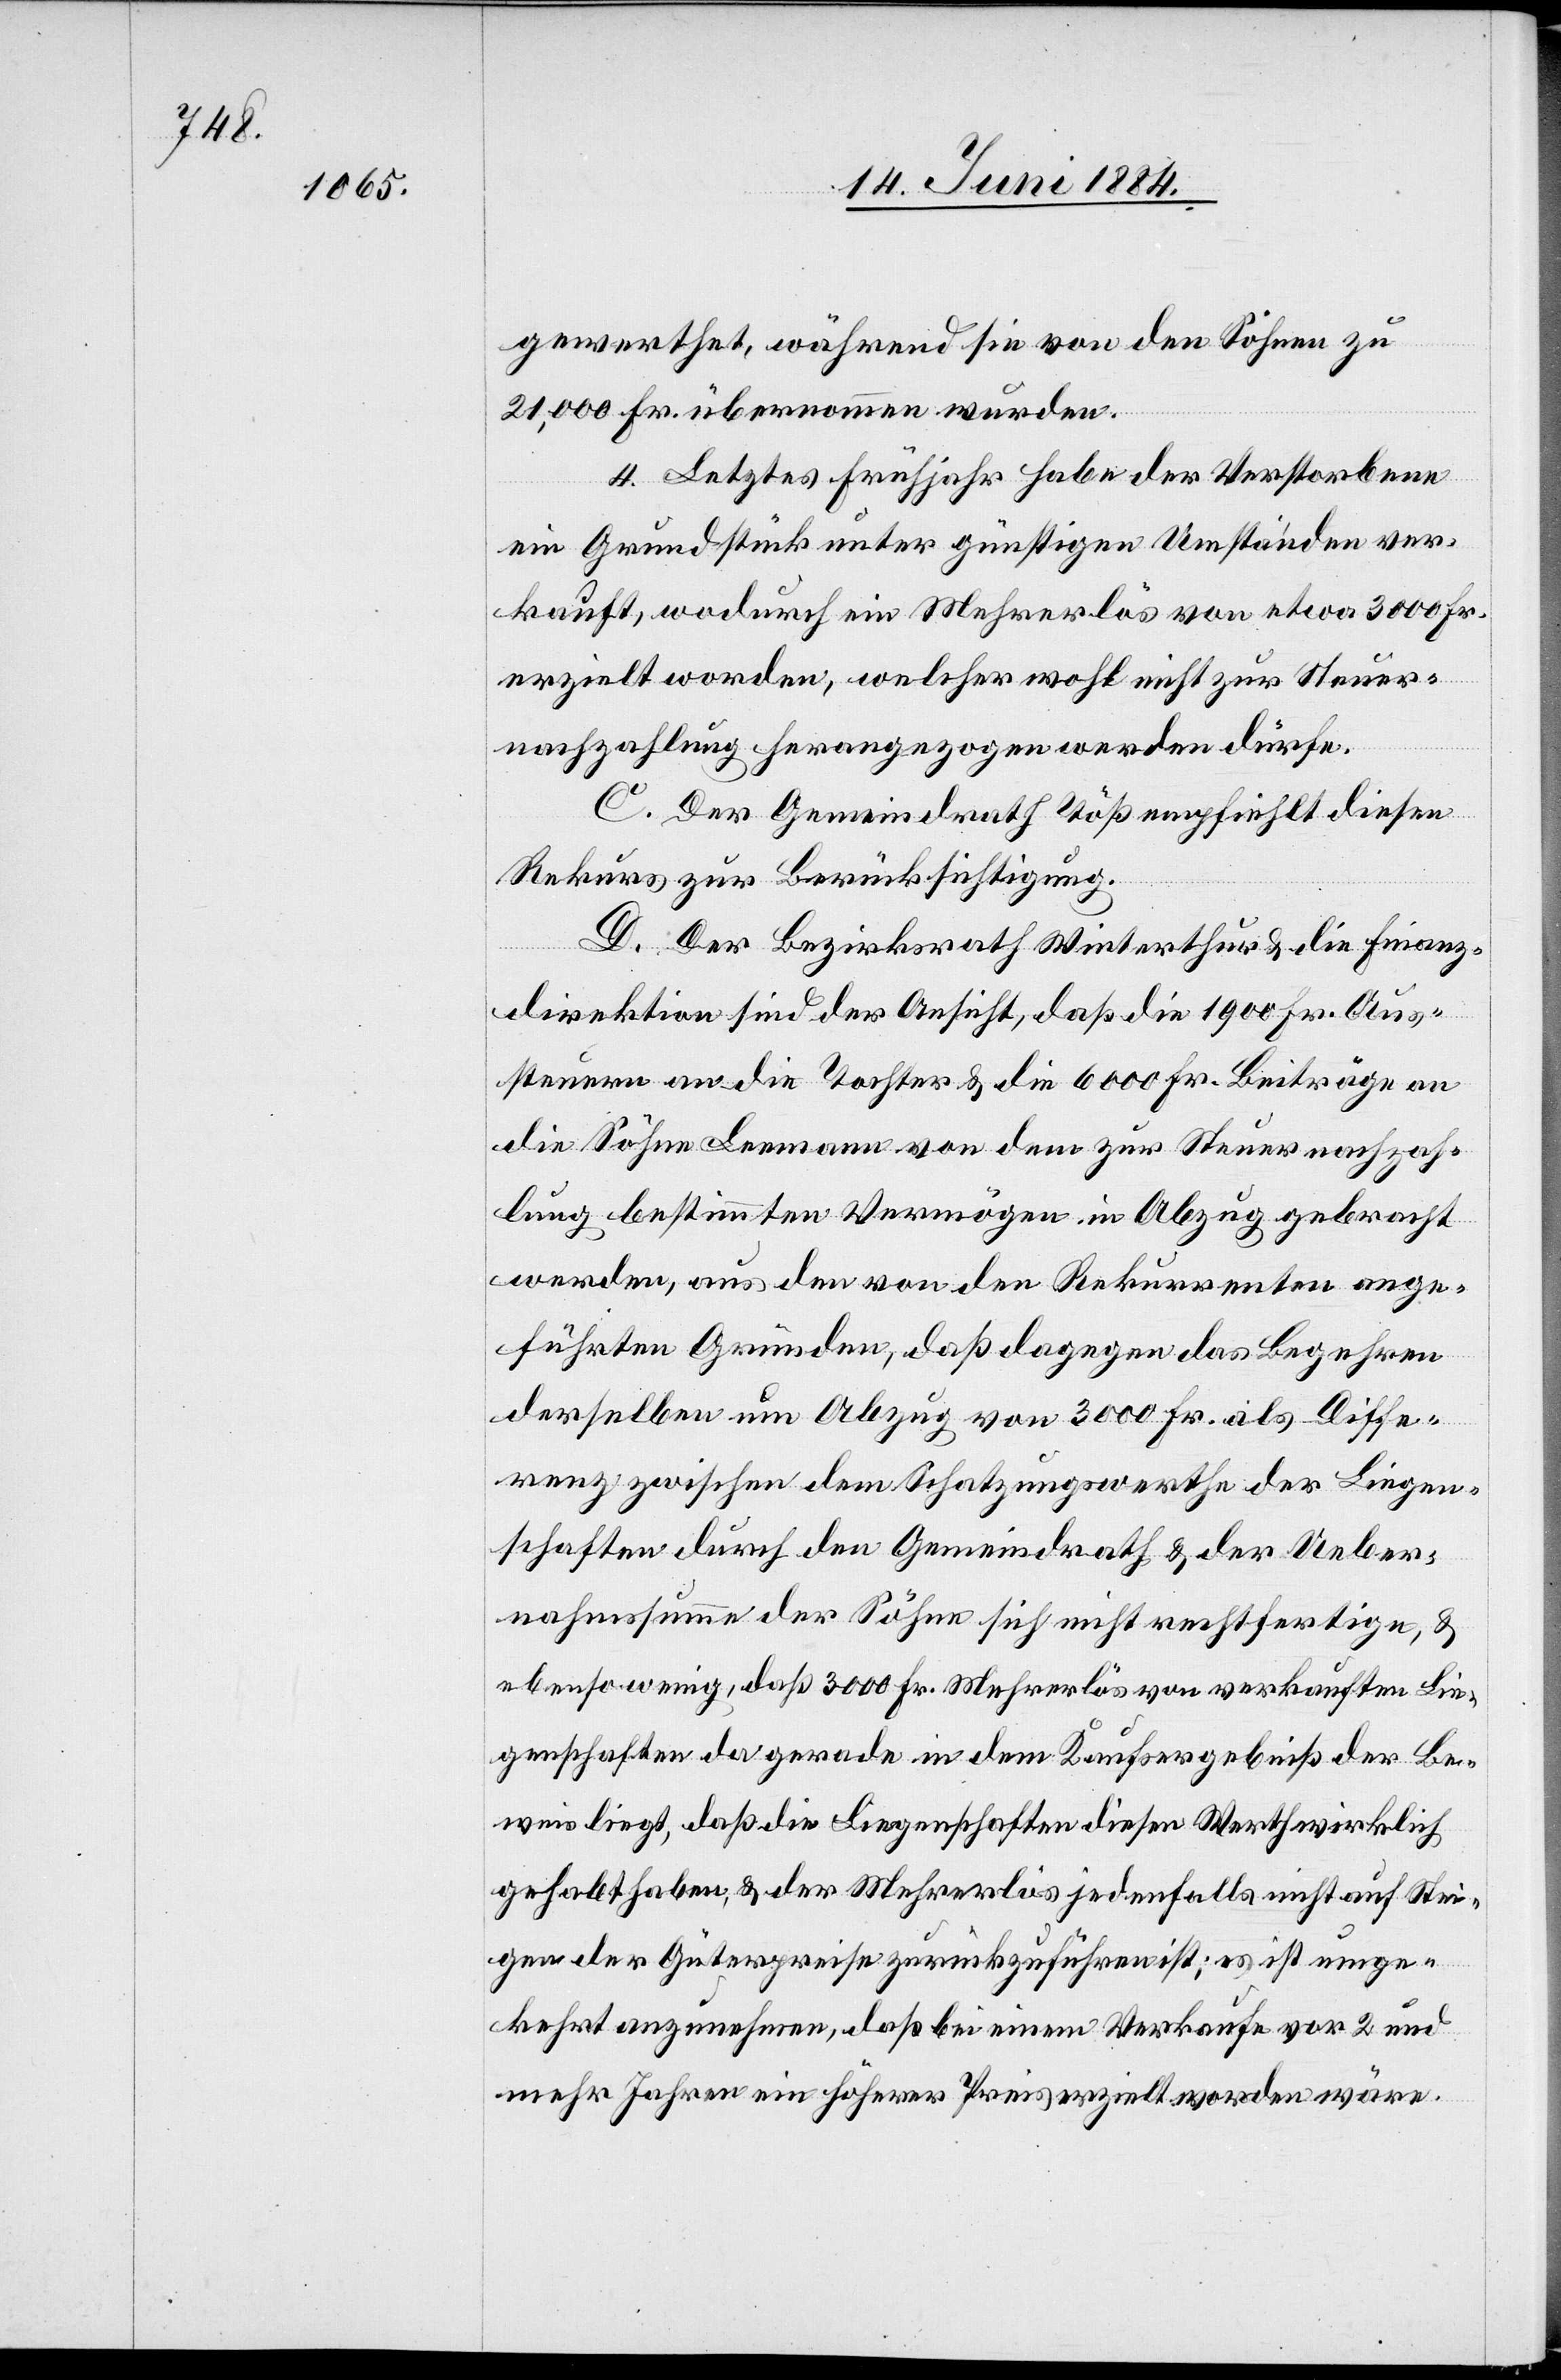
gewerthet, während sie von den Söhnen zu
21,000 Fr. übernommen wurden.
4. Letztes Frühjahr habe der Verstorbene
ein Grundstück unter günstigen Umständen ver¬
kauft, wodurch ein Mehrerlös von etwa 3000 Fr.
erzielt worden, welcher wohl nicht zu Steuer¬
nachzahlung herangezogen werden dürfe.
C. Der Gemeindrath Töß empfiehlt diesen
Rekurs zur Berücksichtigung.
D. Der Bezirksrath Winterthur & die Finanz¬
direktion sind der Ansicht, daß die 1900 Fr. Aus¬
steuern an die Tochter & die 6000 Fr. Beiträge an
die Söhne Leemann von dem zur Steuernachzah¬
lung bestimmten Vermögen in Abzug gebracht
werden, aus den von den Rekurrenten ange¬
führten Gründen, daß dagegen das Begehren
derselben um Abzug von 3000 Fr. als Diffe¬
renz zwischen dem Schatzungswerthe der Liegen¬
schaften durch den Gemeindrath & der Ueber¬
nahmssumme der Söhne sich nicht rechtfertigen, &
ebenso wenig, daß 3000 Fr. Mehrerlös von verkauften Lie¬
genschaften da gerade in dem Kaufsergebniß der Be¬
weis liegt, daß die Liegenschaften diesen Werth wirklich
gehabt haben, & der Mehrerlös jedenfalls nicht auf Stei¬
gen der Güterpreise zurückzuführen ist; es ist umge¬
kehrt anzunehmen, daß bei einem Verkaufe vor 2 und
mehr Jahren ein höherer Preis erzielt worden wäre.